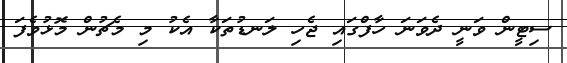
ސިޓީން ވަނީ ދެވަނަ ހާފްގައި ޖެހި ލަނޑުތަކާ އެކު މި މެޗުން މޮޅުވެފަ